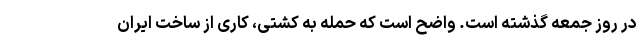
در روز جمعه گذشته است. واضح است که حمله به کشتی، کاری از ساخت ایران